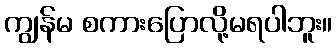
ကျွန်မ စကားပြောလို့မရပါဘူး။